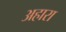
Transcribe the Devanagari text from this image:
अहारा